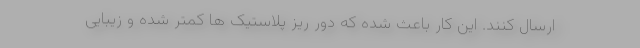
ارسال کنند. این کار باعث شده که دور ریز پلاستیک ها کمتر شده و زیبایی